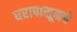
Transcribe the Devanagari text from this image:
घरापासूनचे